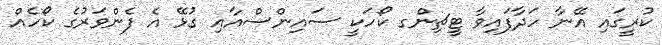
ކުރީގައި އޭނާ ހަދާފައިވާ ޓީޗިންގ ކޯހަކީ ސައިންސްއާއި ގުޅޭ އެ ފެންވަރުގެ ކޯހެއް